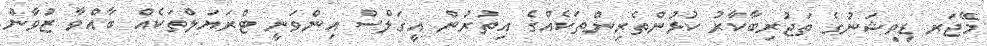
މޭޖަރ ޑިވިޝަނުގެ ތަޖުރިބާކާރު ކުޅުންތެރިންތަކެއްގެ އިތުރުން އީގަލްސް އިންވަނީ ޓްރަޔަލްތަކެއް ބާއްވާ ޒުވާން